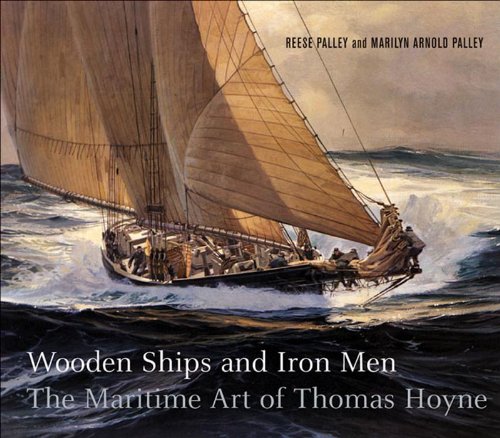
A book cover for Wooden Ships & Iron Men: The Maritime Art of Thomas Hoyne; Reese Palley; Arts & Photography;